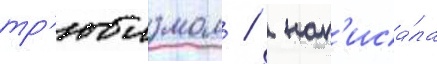
тр'юизмом /  нап'иса́ла